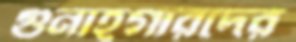
গুনাহগারদের